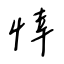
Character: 悻